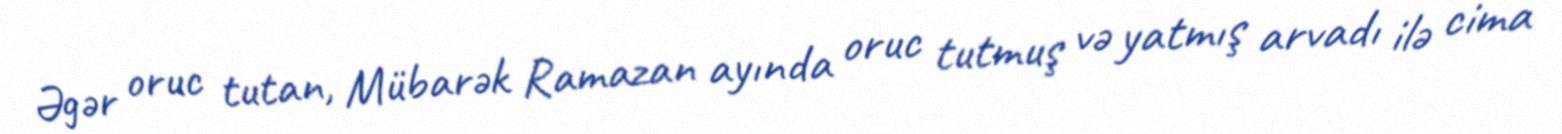
Əgər oruc tutan, Mübarək Ramazan ayında oruc tutmuş və yatmış arvadı ilə cima